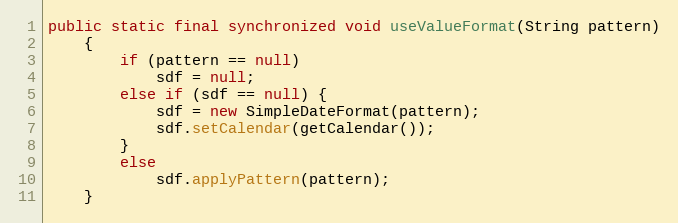
Language: Java
public static final synchronized void useValueFormat(String pattern)
	{
		if (pattern == null)
			sdf = null;
		else if (sdf == null) {
			sdf = new SimpleDateFormat(pattern);
			sdf.setCalendar(getCalendar());
		}
		else
			sdf.applyPattern(pattern);
	}